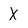
Character: X